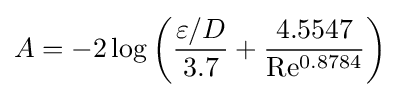
A=-2\log \left({\frac {\varepsilon /D}{3.7}}+{4.5547 \over \mathrm {Re^{0.8784}} }\right)